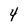
Character: 4